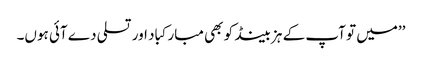
’’میں تو آپ کے ہزبینڈ کو بھی مبارکباد اور تسلی دے آئی ہوں۔